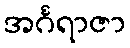
အင်္ဂရာဇာ